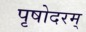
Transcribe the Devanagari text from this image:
पृषोदरम्